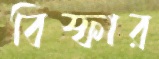
বিস্ফার